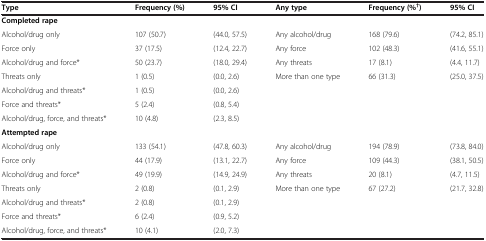
<table><thead><tr><td><b>Type</b></td><td><b>Frequency (%)</b></td><td><b>95% CI</b></td><td><b>Any type</b></td><td><b>Frequency (%<sup>†</sup>)</b></td><td><b>95% CI</b></td></tr></thead><tbody><tr><td><b>Completed rape</b></td><td></td><td></td><td></td><td></td><td></td></tr><tr><td>Alcohol/drug only</td><td>107 (50.7)</td><td>(44.0, 57.5)</td><td>Any alcohol/drug</td><td>168 (79.6)</td><td>(74.2, 85.1)</td></tr><tr><td>Force only</td><td>37 (17.5)</td><td>(12.4, 22.7)</td><td>Any force</td><td>102 (48.3)</td><td>(41.6, 55.1)</td></tr><tr><td>Alcohol/drug and force*</td><td>50 (23.7)</td><td>(18.0, 29.4)</td><td>Any threats</td><td>17 (8.1)</td><td>(4.4, 11.7)</td></tr><tr><td>Threats only</td><td>1 (0.5)</td><td>(0.0, 2.6)</td><td>More than one type</td><td>66 (31.3)</td><td>(25.0, 37.5)</td></tr><tr><td>Alcohol/drug and threats*</td><td>1 (0.5)</td><td>(0.0, 2.6)</td><td></td><td></td><td></td></tr><tr><td>Force and threats*</td><td>5 (2.4)</td><td>(0.8, 5.4)</td><td></td><td></td><td></td></tr><tr><td>Alcohol/drug, force, and threats*</td><td>10 (4.8)</td><td>(2.3, 8.5)</td><td></td><td></td><td></td></tr><tr><td><b>Attempted rape</b></td><td></td><td></td><td></td><td></td><td></td></tr><tr><td>Alcohol/drug only</td><td>133 (54.1)</td><td>(47.8, 60.3)</td><td>Any alcohol/drug</td><td>194 (78.9)</td><td>(73.8, 84.0)</td></tr><tr><td>Force only</td><td>44 (17.9)</td><td>(13.1, 22.7)</td><td>Any force</td><td>109 (44.3)</td><td>(38.1, 50.5)</td></tr><tr><td>Alcohol/drug and force*</td><td>49 (19.9)</td><td>(14.9, 24.9)</td><td>Any threats</td><td>20 (8.1)</td><td>(4.7, 11.5)</td></tr><tr><td>Threats only</td><td>2 (0.8)</td><td>(0.1, 2.9)</td><td>More than one type</td><td>67 (27.2)</td><td>(21.7, 32.8)</td></tr><tr><td>Alcohol/drug and threats*</td><td>2 (0.8)</td><td>(0.1, 2.9)</td><td></td><td></td><td></td></tr><tr><td>Force and threats*</td><td>6 (2.4)</td><td>(0.9, 5.2)</td><td></td><td></td><td></td></tr><tr><td>Alcohol/drug, force, and threats*</td><td>10 (4.1)</td><td>(2.0, 7.3)</td><td></td><td></td><td></td></tr></tbody></table>